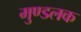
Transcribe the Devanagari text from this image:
मुण्डलक